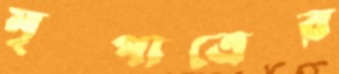
মৃত্পাত্রের